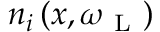
n _ { i } \left( x , \omega _ { \mathrm { ~ L ~ } } \right)